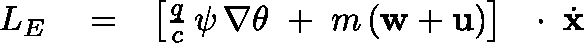
\begin{array} { r l r } { L _ { E } } & { { } = } & { \left[ \frac { q } { c } \, \psi \, \nabla \theta \; + \; m \, ( { \bf w } + { \bf u } ) \right] \, \mathrm { ~ \boldmath ~ \cdot ~ } \, \dot { \bf x } } \end{array}